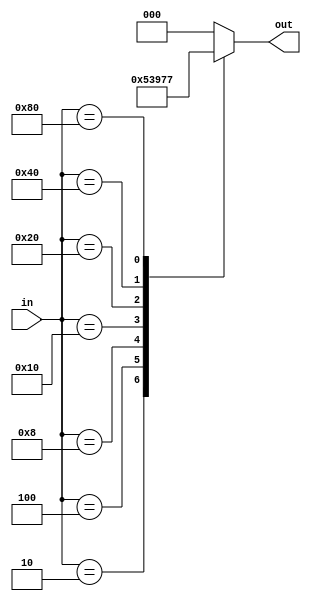
// This program was cloned from: https://github.com/JeffDeCola/my-verilog-examples
// License: MIT License

// Encoder - Eights inputs (1 hot) encodes to output.

module encoder_8_3_behavioral(
    input      [7:0] in,    // 8 Inputs
    output reg [2:0] out);  // 3 Outputs

    // ALWAYS BLOCK with NON-BLOCKING PROCEDURAL ASSIGNMENT STATEMENT
    always @ ( * ) begin
        case(in)
            8'b00000001 : out <= 3'b000;
            8'b00000010 : out <= 3'b001;
            8'b00000100 : out <= 3'b010;
            8'b00001000 : out <= 3'b011;
            8'b00010000 : out <= 3'b100;
            8'b00100000 : out <= 3'b101;
            8'b01000000 : out <= 3'b110;
            8'b10000000 : out <= 3'b111;
            default     : out <= 3'b000;
        endcase
    end

endmodule